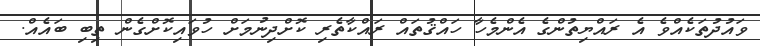
ވައުދުތަކެއްވެ އެ ރައްޔިތުންގެ އެންމެހާ ހައްޤުތައް ރައްކާތެރި ކޮށްދިނުމަށް ހުވައިކޮށްގެން ތިބި ބައެއް.